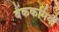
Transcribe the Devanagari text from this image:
बैंककर्मियों